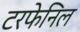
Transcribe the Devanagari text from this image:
टरफेनिल